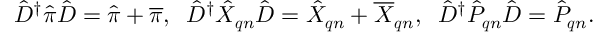
\begin{array} { r } { \hat { D } ^ { \dagger } \hat { \boldsymbol { \pi } } \hat { D } = \hat { \boldsymbol { \pi } } + \overline { { \boldsymbol { \pi } } } , \; \; \hat { D } ^ { \dagger } \hat { X } _ { \boldsymbol { q } n } \hat { D } = \hat { X } _ { \boldsymbol { q } n } + \overline { { X } } _ { \boldsymbol { q } n } , \; \; \hat { D } ^ { \dagger } \hat { P } _ { \boldsymbol { q } n } \hat { D } = \hat { P } _ { \boldsymbol { q } n } . } \end{array}